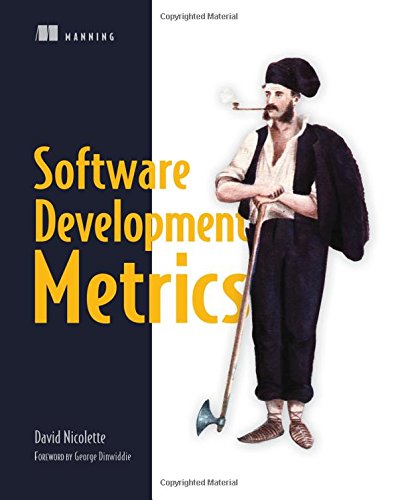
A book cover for Software Development Metrics; Dave Nicolette; Computers & Technology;